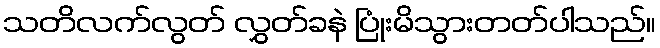
သတိလက်လွတ် လွှတ်ခနဲ ပြုံးမိသွားတတ်ပါသည်။